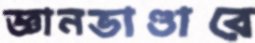
জ্ঞানভাণ্ডারে